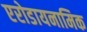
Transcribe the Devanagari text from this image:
एरोडायनामिक